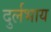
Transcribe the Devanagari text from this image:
दुर्लभाय